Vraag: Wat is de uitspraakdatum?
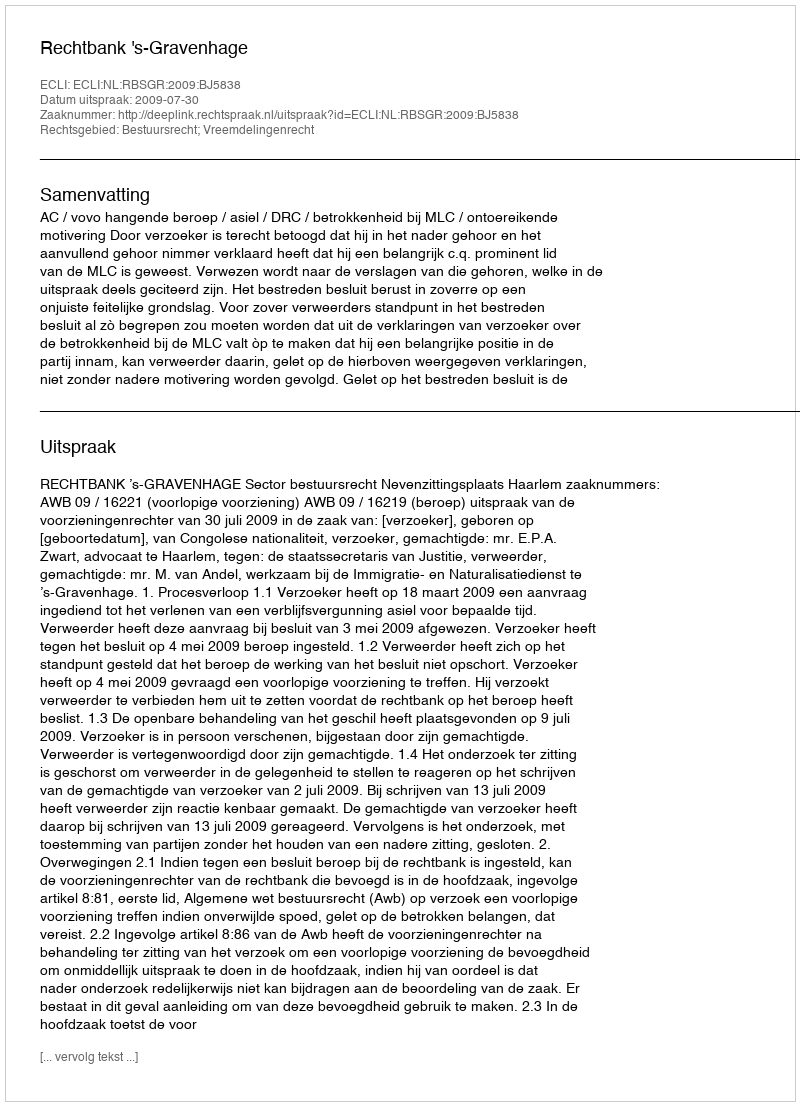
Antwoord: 2009-07-30